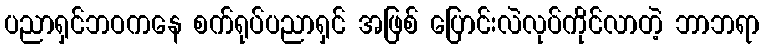
ပညာရှင်ဘဝကနေ စက်ရုပ်ပညာရှင် အဖြစ် ပြောင်းလဲလုပ်ကိုင်လာတဲ့ ဘာဘရာ